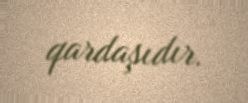
qardaşıdır.